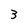
Character: 3